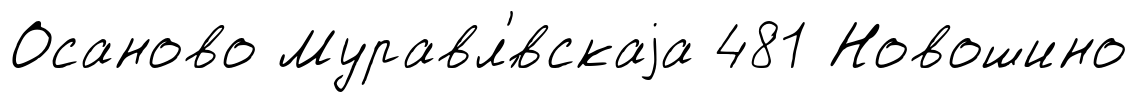
Осаново Муравл'́вскаjа 481 Новошино